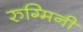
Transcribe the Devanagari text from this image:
रुग्मिनी